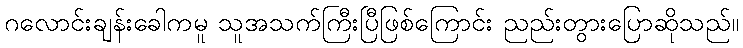
ဂလောင်းချန်းခေါကမူ သူအသက်ကြီးပြီဖြစ်ကြောင်း ညည်းတွားပြောဆိုသည်။